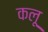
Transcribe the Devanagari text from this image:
कलू